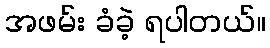
အဖမ်း ခံခဲ့ ရပါတယ်။